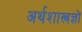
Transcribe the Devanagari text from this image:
अर्थशास्त्रज्ञों